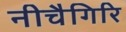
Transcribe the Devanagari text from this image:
नीचैगिरि